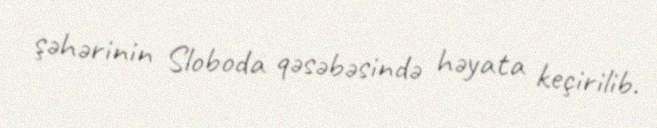
şəhərinin Sloboda qəsəbəsində həyata keçirilib.